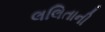
લલિતાની